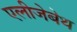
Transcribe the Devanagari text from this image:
एलीजेबेथ